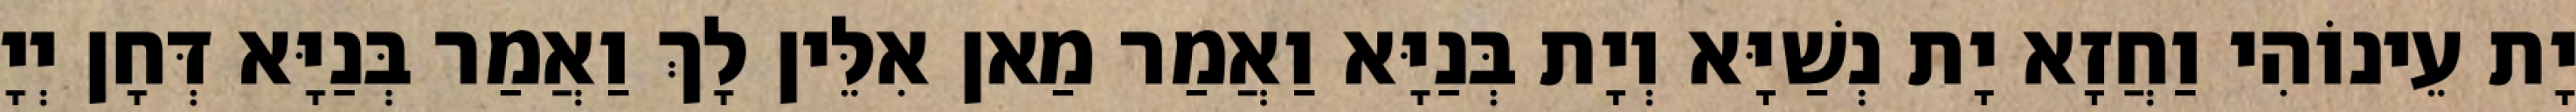
יָת עֵינוֹהִי וַחֲזָא יָת נְשַׁיָּא וְיָת בְּנַיָּא וַאֲמַר מַאן אִלֵּין לָךְ וַאֲמַר בְּנַיָּא דְּחָן יְיָ